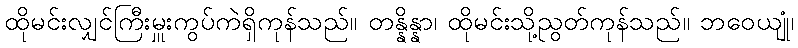
ထိုမင်းလျှင်ကြီးမှူးကွပ်ကဲရှိကုန်သည်။ တန္နိန္နာ၊ ထိုမင်းသို့ညွတ်ကုန်သည်။ ဘဝေယျုံ၊